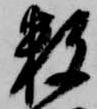
数